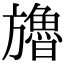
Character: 𣄤